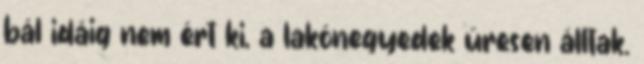
bál idáig nem ért ki, a lakónegyedek üresen álltak.